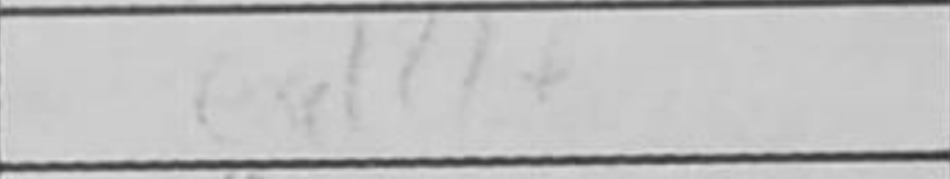
Transcription: exd4+